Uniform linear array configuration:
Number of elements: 8
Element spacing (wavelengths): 0.25
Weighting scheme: hann
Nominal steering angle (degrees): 15
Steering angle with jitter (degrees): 14.946
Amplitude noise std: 0.05
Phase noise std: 0.05

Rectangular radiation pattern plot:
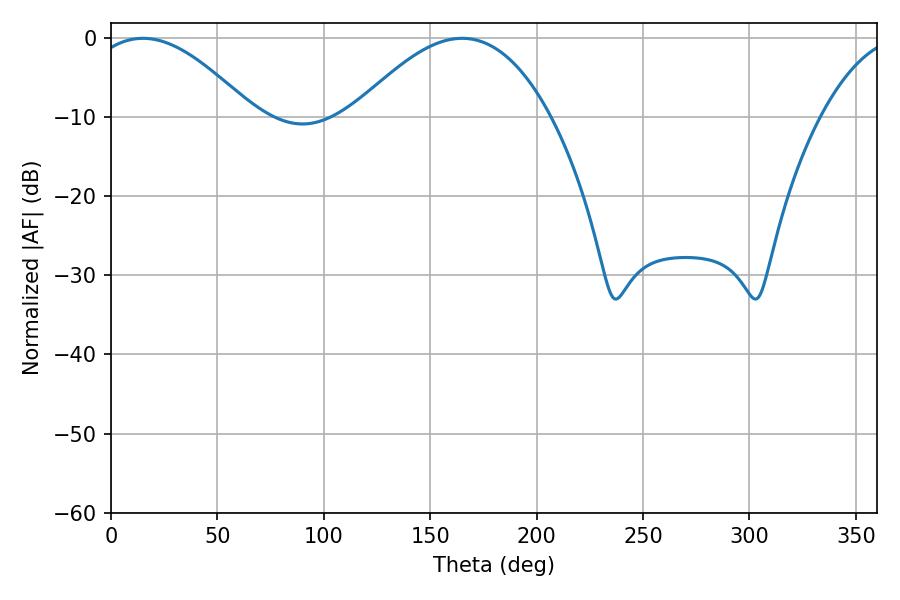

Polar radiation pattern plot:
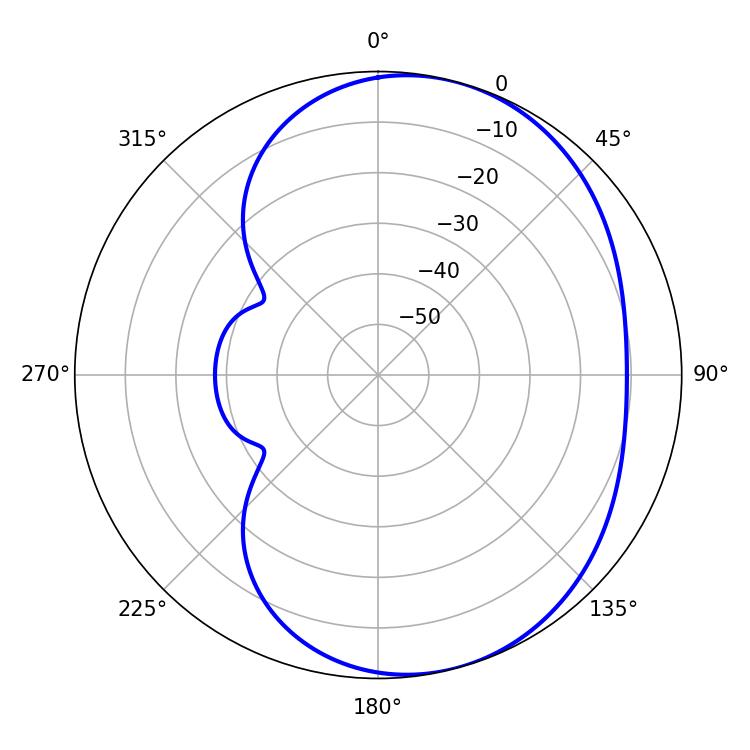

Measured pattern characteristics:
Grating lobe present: FALSE
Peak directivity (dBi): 5.163
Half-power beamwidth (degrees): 41.94
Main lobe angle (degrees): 14.94